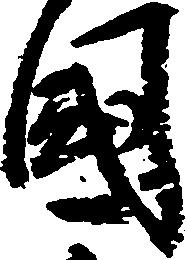
国